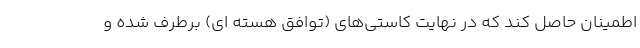
اطمینان حاصل کند که در نهایت کاستی‌های (توافق هسته ای) برطرف شده و